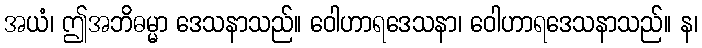
အယံ၊ ဤအဘိဓမ္မာ ဒေသနာသည်။ ဝေါဟာရဒေသနာ၊ ဝေါဟာရဒေသနာသည်။ န၊